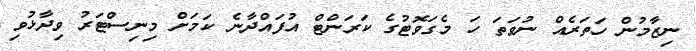
ނިޒާމުން ހަތަރެއް ނުވަތަ ހަ މެގަވޮޓުގެ ކަރަންޓް އުފައްދާނެ ކަމަށް މިނިސްޓަރު ވިދާޅުވި